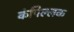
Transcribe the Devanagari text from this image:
कंपिल्लक